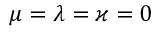
\mu = \lambda = \varkappa = 0